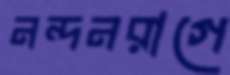
নন্দনরাগে